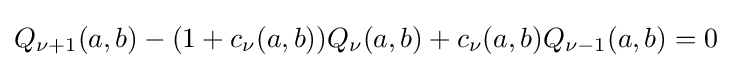
Q_{\nu +1}(a,b)-(1+c_{\nu }(a,b))Q_{\nu }(a,b)+c_{\nu }(a,b)Q_{\nu -1}(a,b)=0